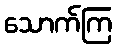
သောက်ကြ